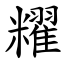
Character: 䊮